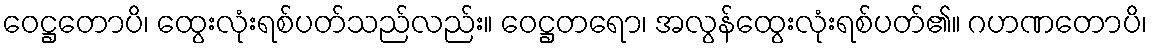
ဝေဋ္ဌတောပိ၊ ထွေးလုံးရစ်ပတ်သည်လည်း။ ဝေဋ္ဌတရော၊ အလွန်ထွေးလုံးရစ်ပတ်၏။ ဂဟဏတောပိ၊